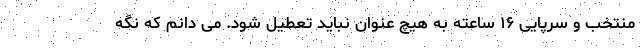
منتخب و سرپایی ۱۶ ساعته به هیچ عنوان نباید تعطیل شود. می دانم که نگه